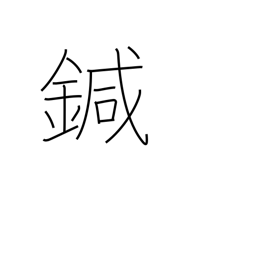
Meaning: needle